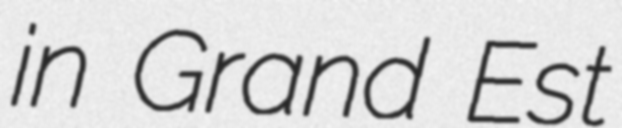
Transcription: in Grand Est